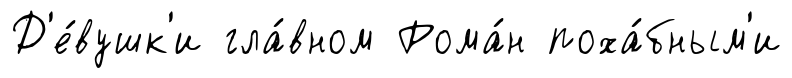
Д'е́вушк'и гла́вном Рома́н поха́бным'и